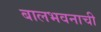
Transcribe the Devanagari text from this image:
बालभवनाची